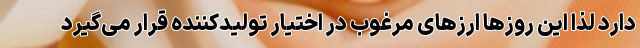
دارد لذا این روزها ارزهای مرغوب در اختیار تولیدکننده قرار می‌گیرد